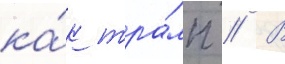
ка́к тра́мп // В